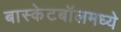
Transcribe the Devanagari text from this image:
बास्केटबॉलमध्ये